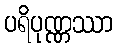
ပရိပုဏ္ဏဿာ